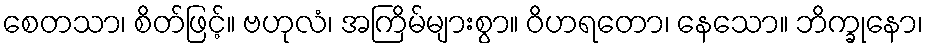
စေတသာ၊ စိတ်ဖြင့်။ ဗဟုလံ၊ အကြိမ်များစွာ။ ဝိဟရတော၊ နေသော။ ဘိက္ခုနော၊